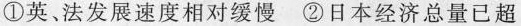
①英、法发展速度相对缓慢 ②日本经济总量已超